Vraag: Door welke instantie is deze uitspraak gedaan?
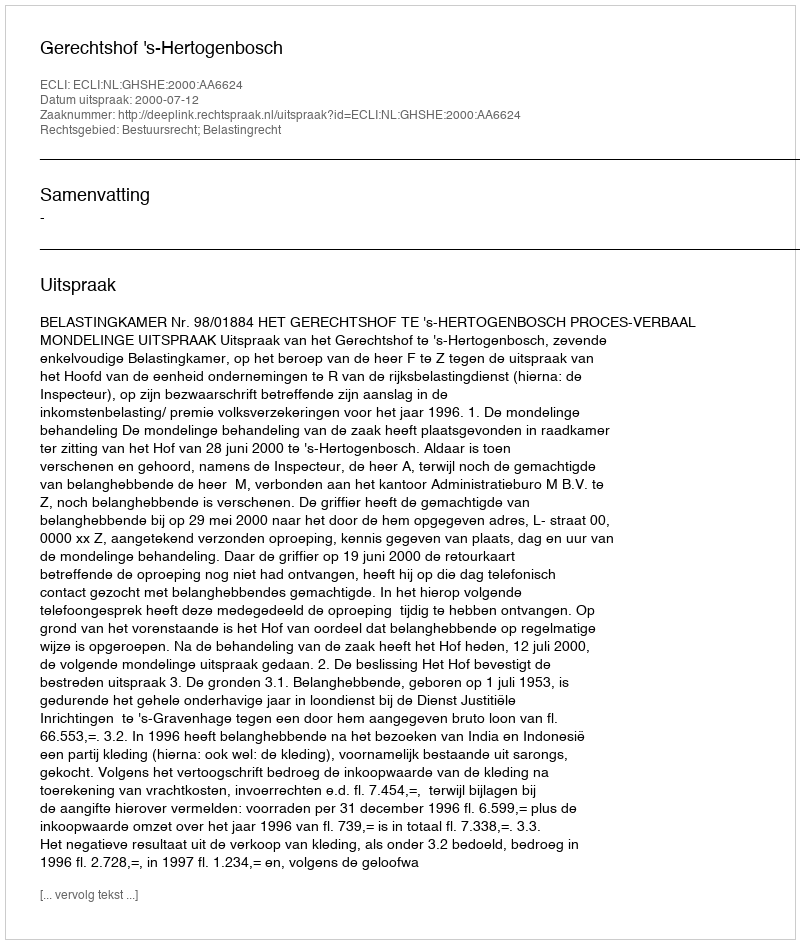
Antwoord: Gerechtshof 's-Hertogenbosch